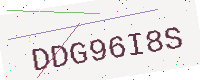
Text: DDG96I8S